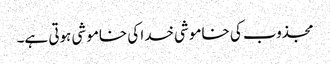
مجذوب کی خاموشی خدا کی خاموشی ہوتی ہے۔